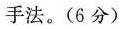
手法。(6分)